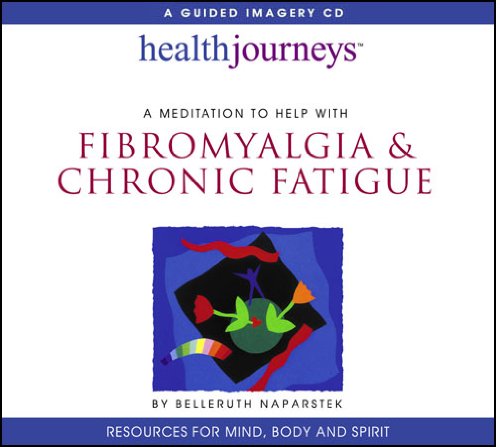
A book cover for A Meditaiton to Help With Fibromyalgia & Chronic Fatigue (Heath Journeys Guided Imagery CD); Belleruth Naparstek; Health, Fitness & Dieting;